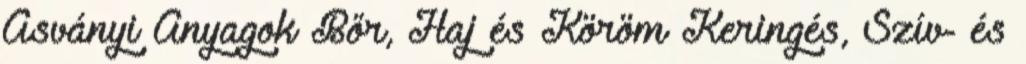
Ásványi Anyagok Bőr, Haj és Köröm Keringés, Szív- és